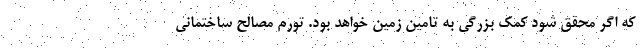
که اگر محقق شود کمک بزرگی به تامین زمین خواهد بود. تورم مصالح ساختمانی